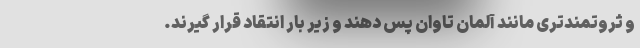
و ثروتمندتری مانند آلمان تاوان پس دهند و زیر بار انتقاد قرار گیرند.